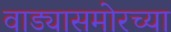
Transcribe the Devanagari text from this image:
वाड्यासमोरच्या